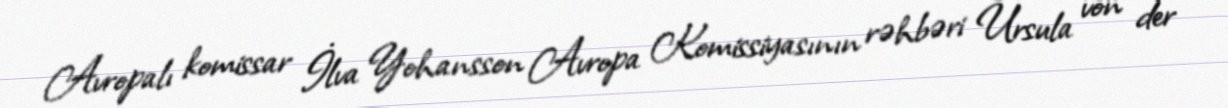
Avropalı komissar İlva Yohansson Avropa Komissiyasının rəhbəri Ursula von der